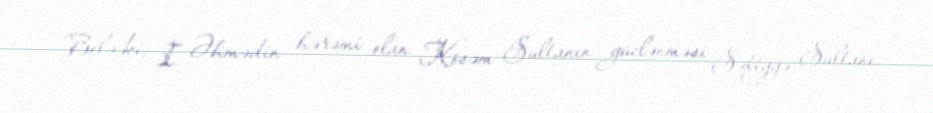
Belə ki, I. Əhmədin hərəmi olan Kösəm Sultanın güclənməsi Səfiyyə Sultanı